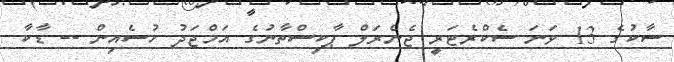
ސާކުގެ 13 ވަނަ ސެކްރެޓަރީ ޖެނެރަލް ޕާކިސްތާނުގެ އަމްޖަދު ހުސެއިން -- ޑާކާ